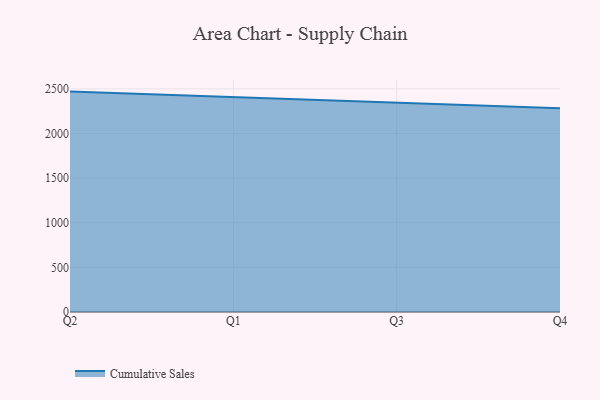
{"axis": {"x": "Quarter", "y": "Page Views"}, "legend": ["Cumulative Sales"], "data": [{"x": "Q2", "y": 2468.6, "type": "Cumulative Sales"}, {"x": "Q1", "y": 2405.5, "type": "Cumulative Sales"}, {"x": "Q3", "y": 2341.3, "type": "Cumulative Sales"}, {"x": "Q4", "y": 2283.1, "type": "Cumulative Sales"}]}